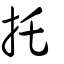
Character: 托